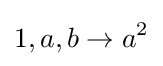
1,a,b\to a^{2}